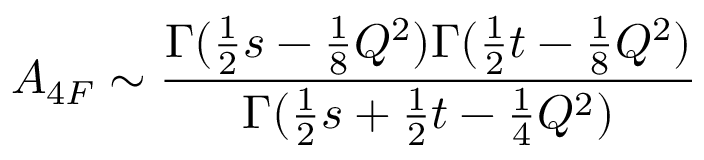
A _ { 4 F } \sim \frac { \Gamma ( \frac { 1 } { 2 } s - \frac { 1 } { 8 } Q ^ { 2 } ) \Gamma ( \frac { 1 } { 2 } t - \frac { 1 } { 8 } Q ^ { 2 } ) } { \Gamma ( \frac { 1 } { 2 } s + \frac { 1 } { 2 } t - \frac { 1 } { 4 } Q ^ { 2 } ) }